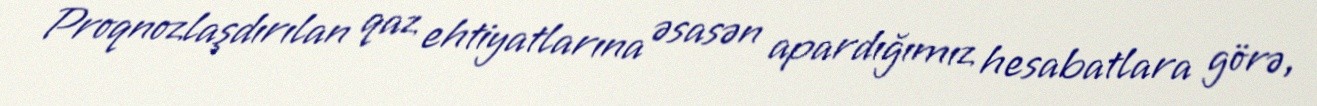
Proqnozlaşdırılan qaz ehtiyatlarına əsasən apardığımız hesabatlara görə,